Medical and sanitary report of the native army of Bengal for the year
Year: 1874
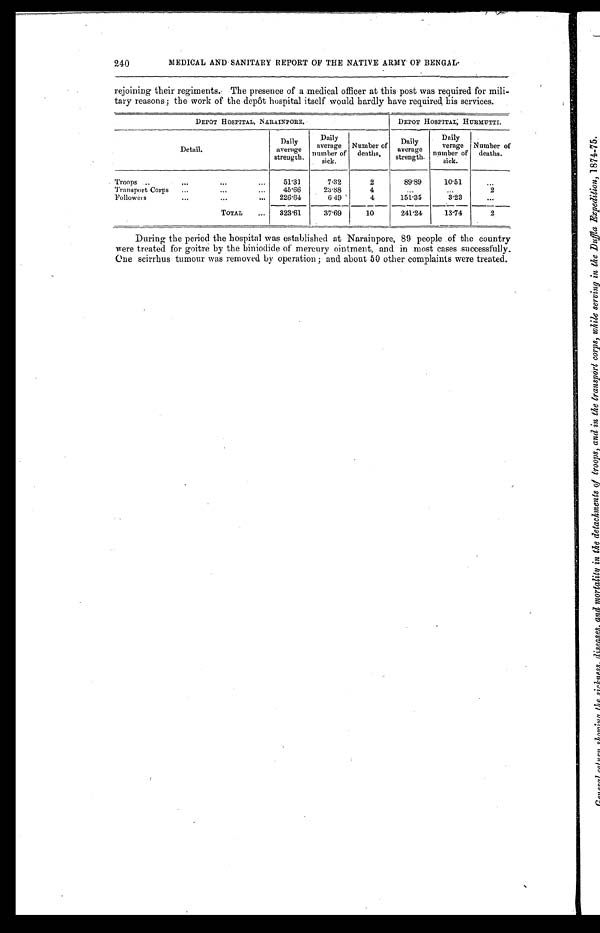
240
MEDICAL AND SANITARY REPORT OF THE NATIVE ARMY OF BENGAL
.
rejoining their regiments. The presence of a medical officer at this post was required for mili-
tary reasons; the work of the depôt hospital itself would hardly have required, his services.
DEPOT HOSPI TAL, NARAI NPORE.
DEPOT HOSPITAL; HURMUTTI.
D e t a i l .
Daily
average
strength.
D a i l y
average
number of
sick.
Number of
deaths.
Daily
average
strength.
Daily
a v e r a g e
number of
sick.
Number of
deaths.
Troops
51.31
7.32
2
89.89
10.51
. . .
Transport Corps
45.66
23.88
4
...
...
2
Followers
226.64
6.49
4
151.35
3.23
...
TOTAL
323.61
37.69
10
241.24
13.14
2
During the period the hospital was established at Narainpore, 89 people of the country
were treated for goitre by the biniodide of mercury ointment, and in most cases successfully.
One scirrhus tumour was removed by operation; and about 50 other complaints were treated.